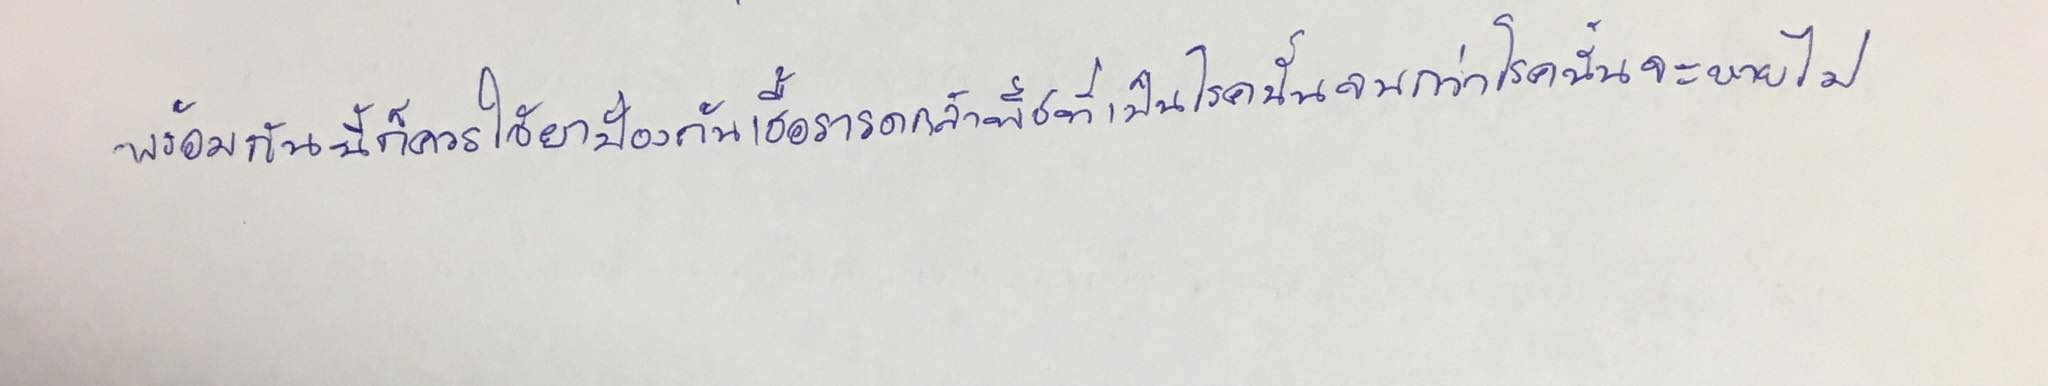
พร้อมกันนี้ก็ควรใช้ยาป้องกันเชื้อรารดกล้าพืชที่เป็นโรคนั้นจนกว่าโรคนั้นจะหายไป